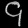
Digit: ၄